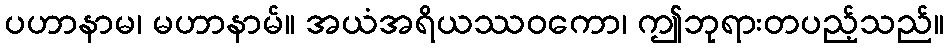
ပဟာနာမ၊ မဟာနာမ်။ အယံအရိယဿဝကော၊ ဤဘုရားတပည့်သည်။